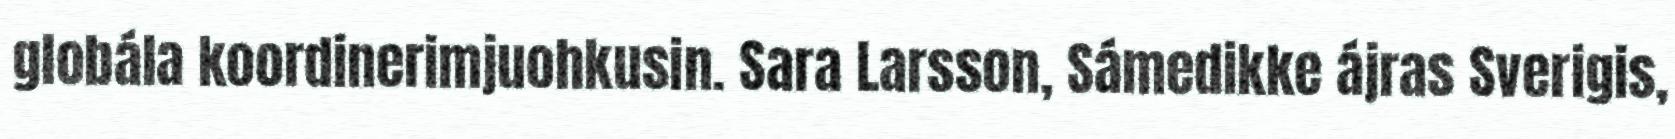
globála koordinerimjuohkusin. Sara Larsson, Sámedikke ájras Sverigis,